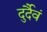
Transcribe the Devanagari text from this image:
दुर्दैवं